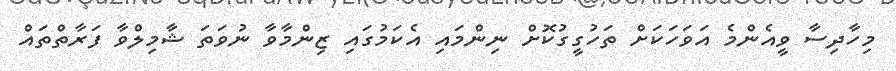
މިހާދިސާ ވީއެންމެ އަވަހަކަށް ތަހުގީގުކޮށް ނިންމައި އެކަމުގައި ޒިންމާވާ ނުވަތަ ޝާމިލްވާ ފަރާތްތައް